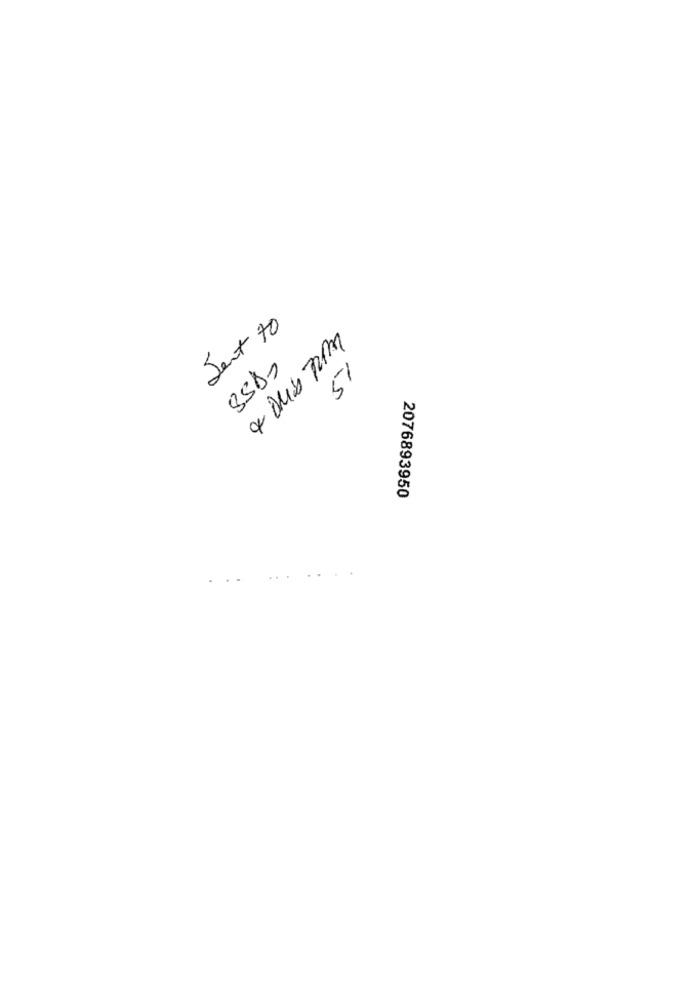
Sent 70
51
4958
2076893950